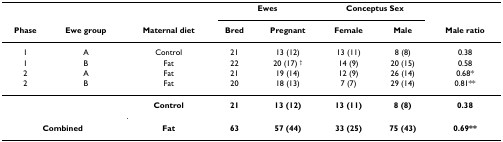
<table><thead><tr><td></td><td></td><td></td><td colspan="2"><b>Ewes</b></td><td colspan="2"><b>Conceptus Sex</b></td><td></td></tr><tr><td><b>Phase</b></td><td><b>Ewe group</b></td><td><b>Maternal diet</b></td><td><b>Bred</b></td><td><b>Pregnant</b></td><td><b>Female</b></td><td><b>Male</b></td><td><b>Male ratio</b></td></tr></thead><tbody><tr><td>1</td><td>A</td><td>Control</td><td>21</td><td>13 (12)</td><td>13 (11)</td><td>8 (8)</td><td>0.38</td></tr><tr><td>1</td><td>B</td><td>Fat</td><td>22</td><td>20 (17) <sup>†</sup></td><td>14 (9)</td><td>20 (15)</td><td>0.58</td></tr><tr><td>2</td><td>A</td><td>Fat</td><td>21</td><td>19 (14)</td><td>12 (9)</td><td>26 (14)</td><td>0.68*</td></tr><tr><td>2</td><td>B</td><td>Fat</td><td>20</td><td>18 (13)</td><td>7 (7)</td><td>29 (14)</td><td>0.81**</td></tr><tr><td></td><td></td><td><b>Control</b></td><td><b>21</b></td><td><b>13 (12)</b></td><td><b>13 (11)</b></td><td><b>8 (8)</b></td><td><b>0.38</b></td></tr><tr><td colspan="2"><b>Combined</b></td><td><b>Fat</b></td><td><b>63</b></td><td><b>57 (44)</b></td><td><b>33 (25)</b></td><td><b>75 (43)</b></td><td><b>0.69**</b></td></tr></tbody></table>